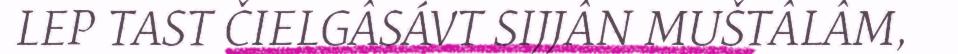
LEP TAST ČIELGÂSÁVT SIJJÂN MUŠTÂLÂM,